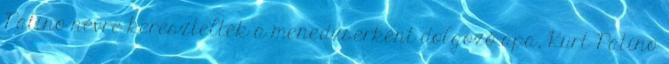
Patino névre keresztelték a menedzserként dolgozó apa, Kurt Patino